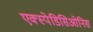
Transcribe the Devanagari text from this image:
एक्स्पेडिसिओनिस